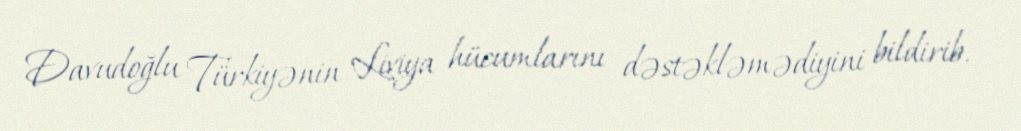
Davudoğlu Türkiyənin Liviya hücumlarını dəstəkləmədiyini bildirib.